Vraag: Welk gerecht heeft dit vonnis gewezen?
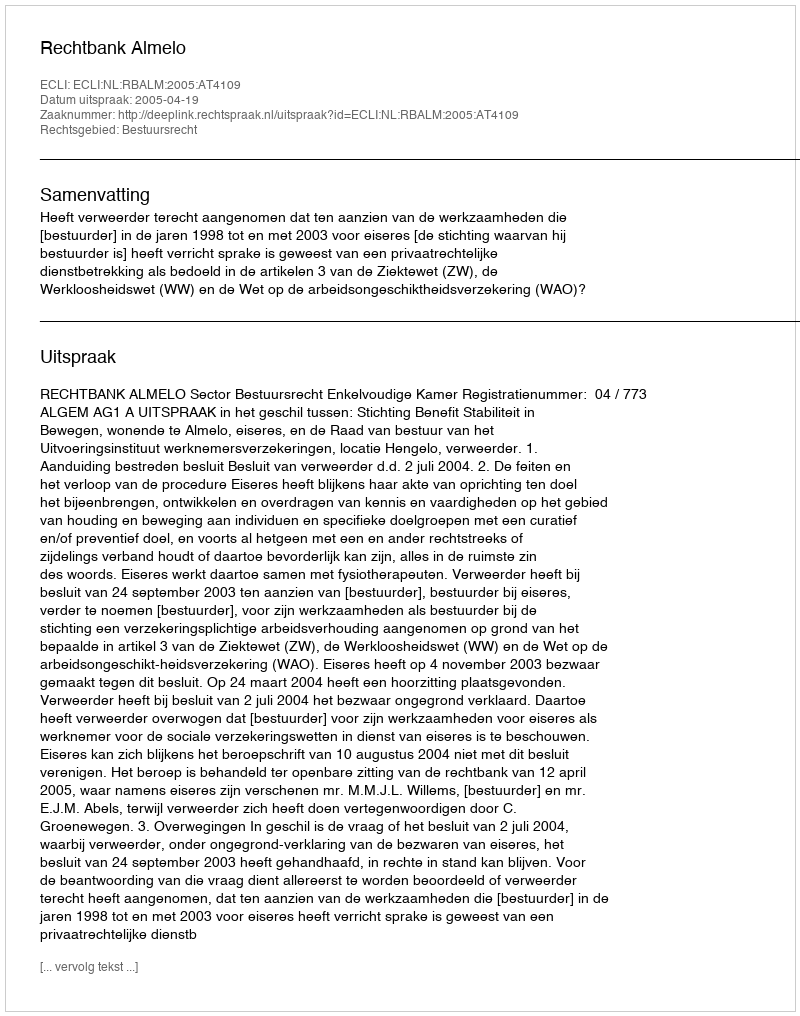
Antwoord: Rechtbank Almelo